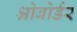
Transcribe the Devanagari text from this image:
श्नोबोर्डर